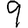
Digit: 9